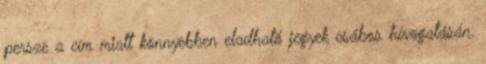
persze a cím miatt könnyebben eladható jegyek csábos hívogatásán.